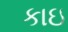
કાઇ